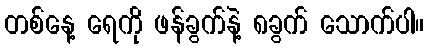
တစ်နေ့ ရေကို ဖန်ခွက်နဲ့ ၈ခွက် သောက်ပါ။